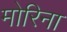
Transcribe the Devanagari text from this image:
मोरिना